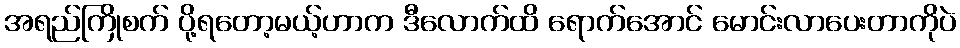
အရည်ကြိုစက် ပို့ရတော့မယ့်ဟာက ဒီလောက်ထိ ရောက်အောင် မောင်းလာပေးတာကိုပဲ